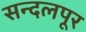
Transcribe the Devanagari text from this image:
सन्दलपूर